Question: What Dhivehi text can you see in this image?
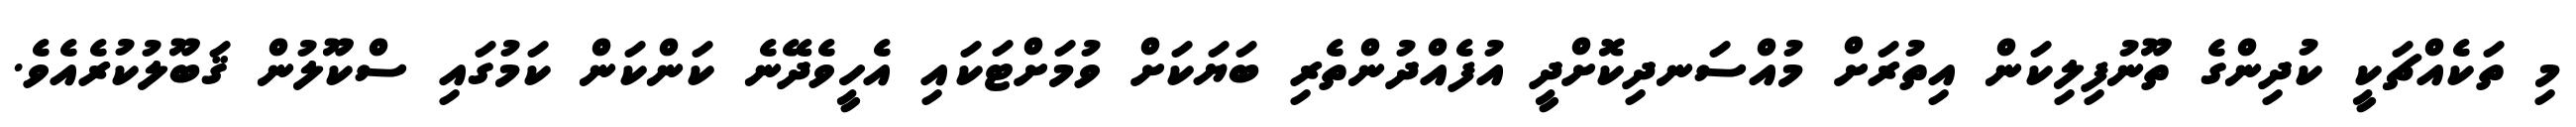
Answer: މި ތަކެއްޗަކީ ކުދިންގެ ތޫނުފިލިކަން އިތުރަށް މުއްސަނދިކޮށްދީ އުފެއްދުންތެރި ބަޔަކަށް ވުމަށްޓަކައި އެހީވެދޭނެ ކަންކަން ކަމުގައި ސްކޫލުން ޤަބޫލުކުރެއެވެ.